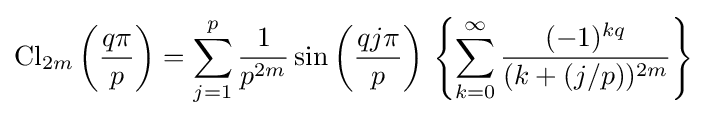
\operatorname {Cl} _{2m}\left({\frac {q\pi }{p}}\right)=\sum _{j=1}^{p}{\frac {1}{p^{2m}}}\sin \left({\frac {qj\pi }{p}}\right)\,\left\{\sum _{k=0}^{\infty }{\frac {(-1)^{kq}}{(k+(j/p))^{2m}}}\right\}